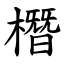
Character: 橬